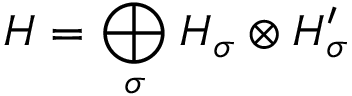
H = \bigoplus _ { \sigma } H _ { \sigma } \otimes H _ { \sigma } ^ { \prime }